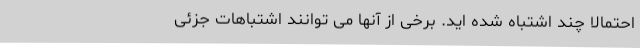
احتمالاً چند اشتباه شده اید. برخی از آنها می توانند اشتباهات جزئی